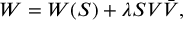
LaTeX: W = W ( S ) + \lambda S V \bar { V } ,